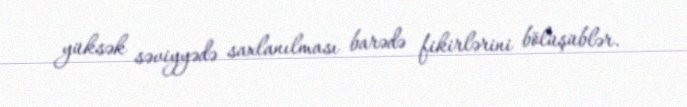
yüksək səviyyədə saxlanılması barədə fikirlərini bölüşüblər.